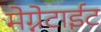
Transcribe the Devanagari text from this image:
मेग्नेटाईट